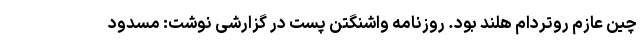
چین عازم روتردام هلند بود. روزنامه واشنگتن پست در گزارشی نوشت: مسدود